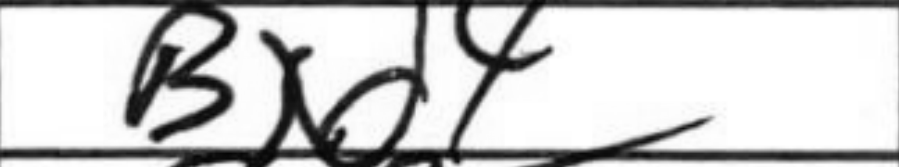
Transcription: Bxd4